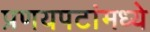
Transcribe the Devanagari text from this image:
प्रणयपटांमध्ये